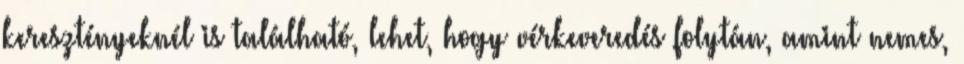
keresztényeknél is található, lehet, hogy vérkeveredés folytán, amint nemes,